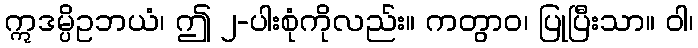
ဣဒမ္ပိဥဘယံ၊ ဤ ၂-ပါးစုံကိုလည်း။ ကတွာဝ၊ ပြုပြီးသာ။ ဝါ၊